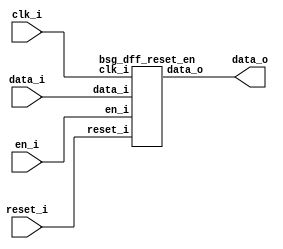


module top
(
  clk_i,
  reset_i,
  en_i,
  data_i,
  data_o
);

  input [63:0] data_i;
  output [63:0] data_o;
  input clk_i;
  input reset_i;
  input en_i;

  bsg_dff_reset_en
  wrapper
  (
    .data_i(data_i),
    .data_o(data_o),
    .clk_i(clk_i),
    .reset_i(reset_i),
    .en_i(en_i)
  );


endmodule



module bsg_dff_reset_en
(
  clk_i,
  reset_i,
  en_i,
  data_i,
  data_o
);

  input [63:0] data_i;
  output [63:0] data_o;
  input clk_i;
  input reset_i;
  input en_i;
  wire N0,N1,N2,N3,N4,N5,N6,N7,N8,N9,N10,N11,N12,N13,N14,N15,N16,N17,N18,N19,N20,N21,
  N22,N23,N24,N25,N26,N27,N28,N29,N30,N31,N32,N33,N34,N35,N36,N37,N38,N39,N40,N41,
  N42,N43,N44,N45,N46,N47,N48,N49,N50,N51,N52,N53,N54,N55,N56,N57,N58,N59,N60,N61,
  N62,N63,N64,N65,N66,N67,N68,N69;
  reg [63:0] data_o;
  assign N3 = (N0)? 1'b1 : 
              (N69)? 1'b1 : 
              (N2)? 1'b0 : 1'b0;
  assign N0 = reset_i;
  assign { N67, N66, N65, N64, N63, N62, N61, N60, N59, N58, N57, N56, N55, N54, N53, N52, N51, N50, N49, N48, N47, N46, N45, N44, N43, N42, N41, N40, N39, N38, N37, N36, N35, N34, N33, N32, N31, N30, N29, N28, N27, N26, N25, N24, N23, N22, N21, N20, N19, N18, N17, N16, N15, N14, N13, N12, N11, N10, N9, N8, N7, N6, N5, N4 } = (N0)? { 1'b0, 1'b0, 1'b0, 1'b0, 1'b0, 1'b0, 1'b0, 1'b0, 1'b0, 1'b0, 1'b0, 1'b0, 1'b0, 1'b0, 1'b0, 1'b0, 1'b0, 1'b0, 1'b0, 1'b0, 1'b0, 1'b0, 1'b0, 1'b0, 1'b0, 1'b0, 1'b0, 1'b0, 1'b0, 1'b0, 1'b0, 1'b0, 1'b0, 1'b0, 1'b0, 1'b0, 1'b0, 1'b0, 1'b0, 1'b0, 1'b0, 1'b0, 1'b0, 1'b0, 1'b0, 1'b0, 1'b0, 1'b0, 1'b0, 1'b0, 1'b0, 1'b0, 1'b0, 1'b0, 1'b0, 1'b0, 1'b0, 1'b0, 1'b0, 1'b0, 1'b0, 1'b0, 1'b0, 1'b0 } : 
                                                                                                                                                                                                                                                                                                                                        (N69)? data_i : 1'b0;
  assign N1 = en_i | reset_i;
  assign N2 = ~N1;
  assign N68 = ~reset_i;
  assign N69 = en_i & N68;

  always @(posedge clk_i) begin
    if(N3) begin
      { data_o[63:0] } <= { N67, N66, N65, N64, N63, N62, N61, N60, N59, N58, N57, N56, N55, N54, N53, N52, N51, N50, N49, N48, N47, N46, N45, N44, N43, N42, N41, N40, N39, N38, N37, N36, N35, N34, N33, N32, N31, N30, N29, N28, N27, N26, N25, N24, N23, N22, N21, N20, N19, N18, N17, N16, N15, N14, N13, N12, N11, N10, N9, N8, N7, N6, N5, N4 };
    end 
  end


endmodule